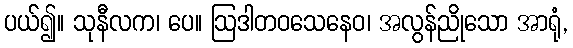
ပယ်၍။ သုနီလက၊ ပေ။ ဩဒါတဝသေနေဝ၊ အလွန်ညိုသော အာရုံ,